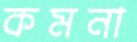
কমনা